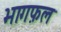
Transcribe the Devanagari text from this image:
भागफ़ल